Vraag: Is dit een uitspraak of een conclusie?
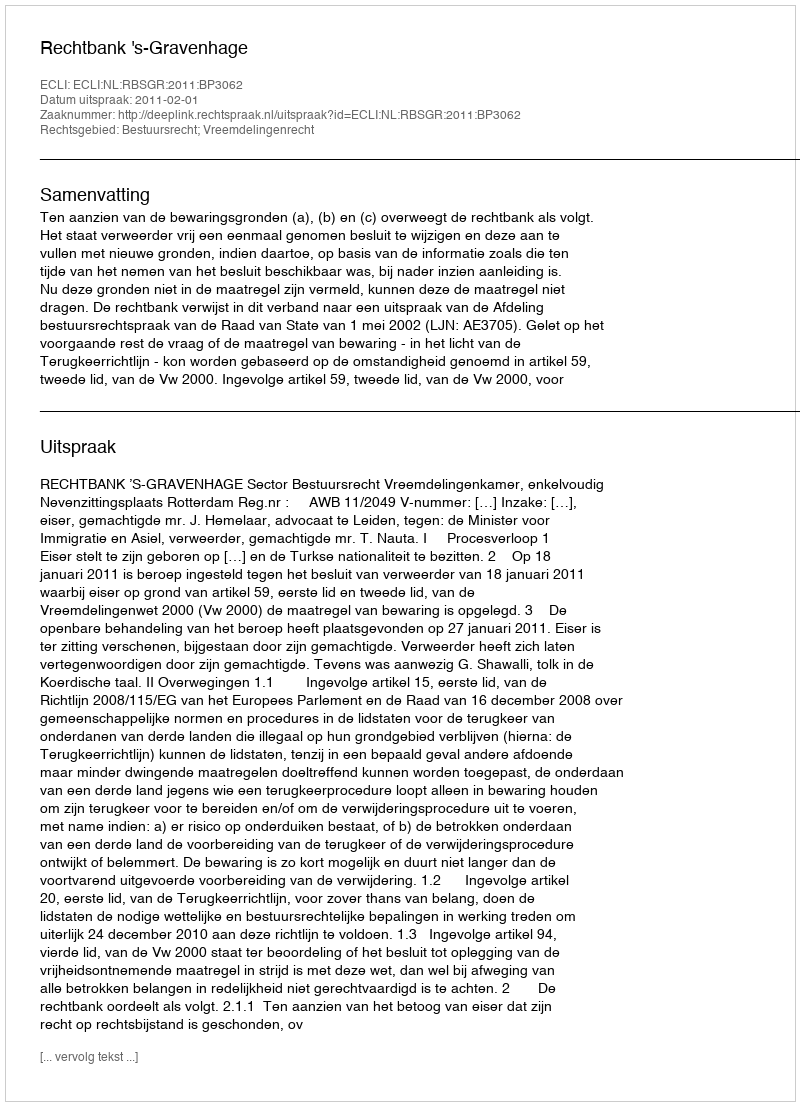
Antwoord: Uitspraak